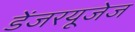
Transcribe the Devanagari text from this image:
डेंजरयूजेज